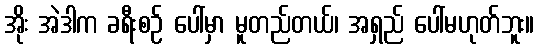
အိုး အဲဒါက ခရီးစဉ် ပေါ်မှာ မူတည်တယ်၊ အရှည် ပေါ်မဟုတ်ဘူး။